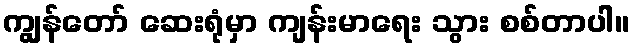
ကျွန်တော် ဆေးရုံမှာ ကျန်းမာရေး သွား စစ်တာပါ။